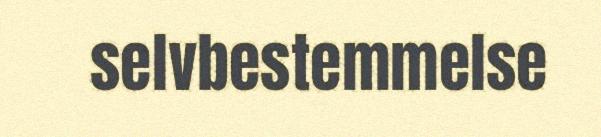
selvbestemmelse